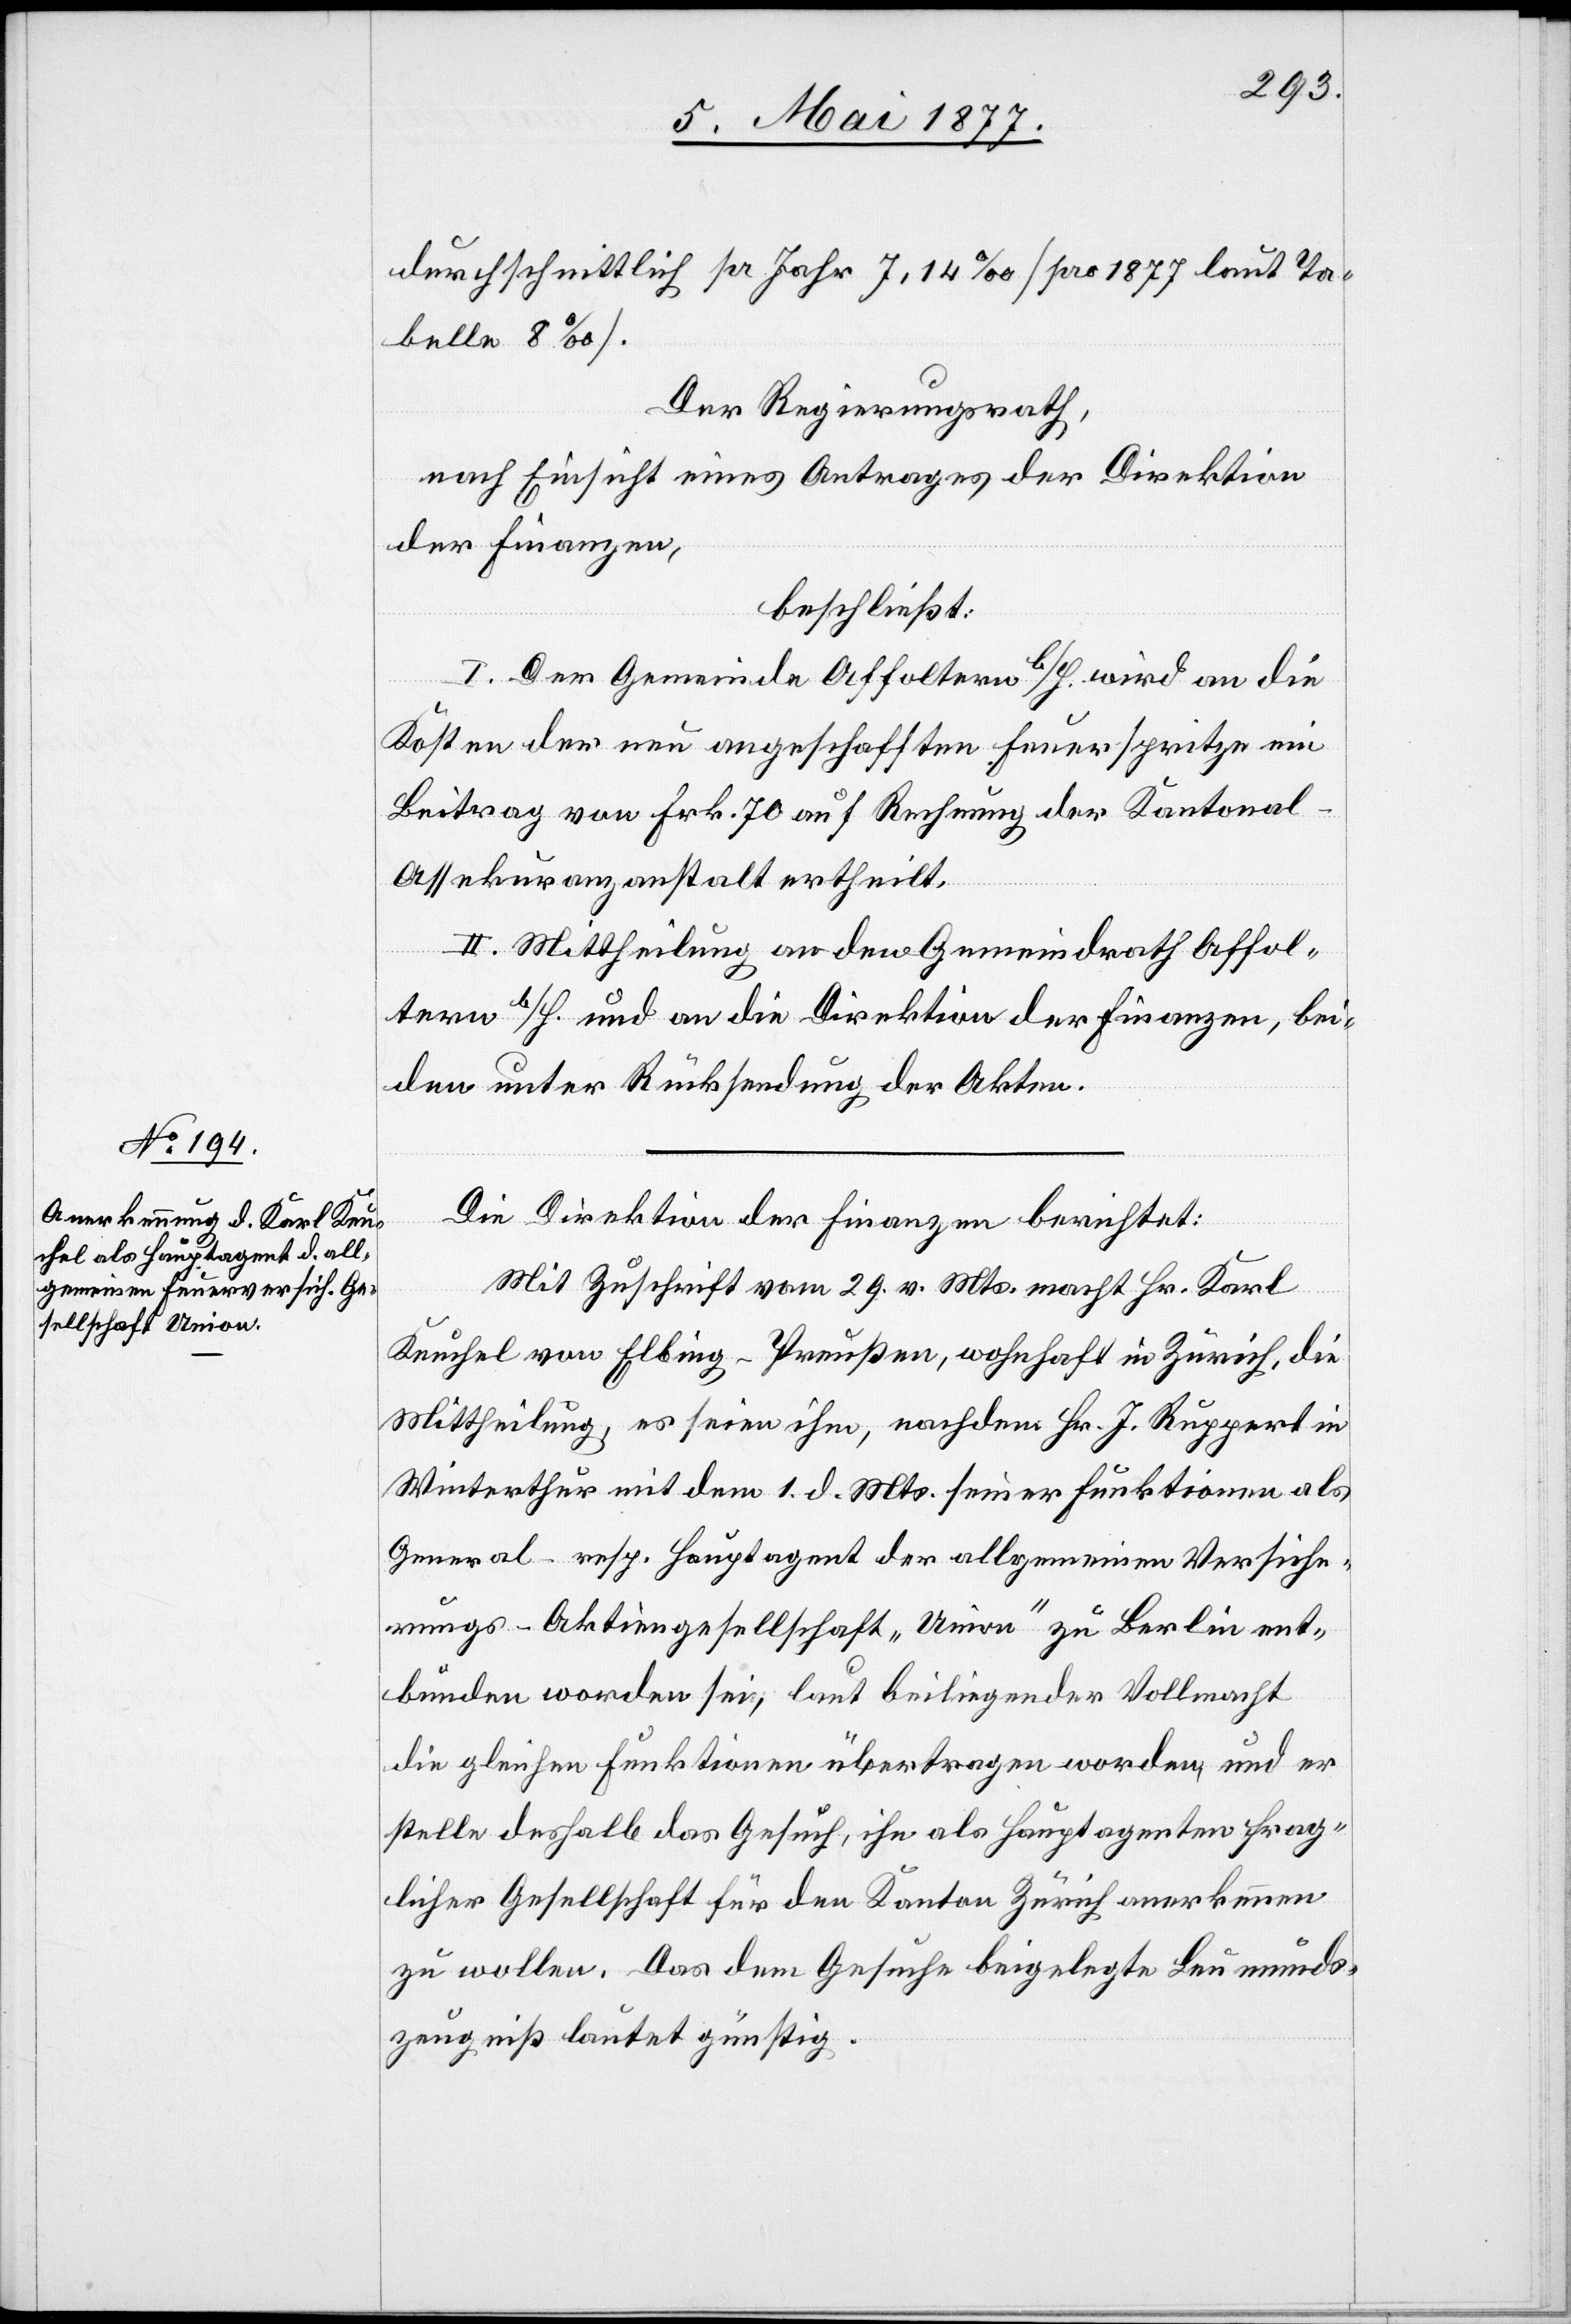
durchschnittlich pr. Jahr 7,14‰ [pro 1877 laut Ta¬
belle 8‰].
Der Regierungsrath,
nach Einsicht eines Antrages der Direktion
des Finanzen,
beschließt:
I. Der Gemeinde Affoltern b/H. wird an die
Kosten der neu angeschafften Feuerspritze ein
Beitrag von Frk. 70 auf Rechnung der Kantonal-A¬
ssekuranzanstalt ertheilt.
II. Mittheilung an den Gemeindrath Affol¬
tern b/H. und an die Direktion der Finanzen, bei¬
den unter Rücksendung der Akten.
Die Direktion des Finanzen berichtet:
Mit Zuschrift vom 29. v. Mts. macht Hr. Karl
Keuchel von Elbing - Preußen, wohnhaft in Zürich, die
Mittheilung, es seien ihm, nachdem Hr. J. Ruppert in
Winterthur mit dem 1. d. Mts. seiner Funktionen als
General- resp. Hauptagent der allgemeinen Versiche¬
rungs-Aktiengesellschaft „Union“ zu Berlin ent¬
bunden worden sei, laut beiliegender Vollmacht
die gleichen Funktionen übertragen worden, und er
stelle deshalb das Gesuch, ihn als Hauptagenten frag¬
licher Gesellschaft für den Kanton Zürich anerkennen
zu wollen. Das dem Gesuche beigelegte Leumunds¬
zeugniß lautet günstig.